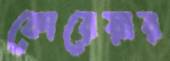
কোরেয়ার